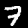
Digit: 7